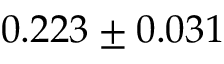
0 . 2 2 3 \pm 0 . 0 3 1